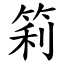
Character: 筣